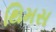
થિમસ